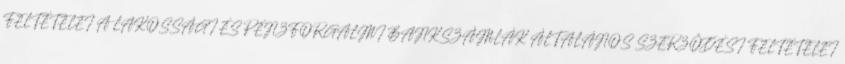
FELTÉTELEI A LAKOSSÁGI ÉS PÉNZFORGALMI BANKSZÁMLÁK ÁLTALÁNOS SZERZŐDÉSI FELTÉTELEI